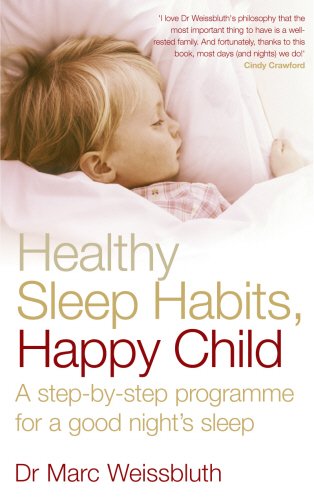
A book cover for Healthy Sleep Habits, Happy Child: A Step-By-Step Programme for a Good Night's Sleep; Marc Weissbluth; Health, Fitness & Dieting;